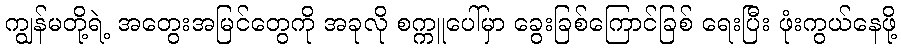
ကျွန်မတို့ရဲ့ အတွေးအမြင်တွေကို အခုလို စက္ကူပေါ်မှာ ခွေးခြစ်ကြောင်ခြစ် ရေးပြီး ဖုံးကွယ်နေဖို့